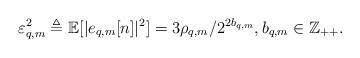
LaTeX: \begin{align*}\varepsilon^2_{q,m}\triangleq\mathbb{E}[|e_{q,m}[n]|^2]=3\rho_{q,m}/2^{2b_{q,m}},b_{q,m}\in\mathbb{Z}_{++}.\end{align*}